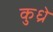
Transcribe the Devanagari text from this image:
कुध्रे